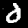
Label: 0